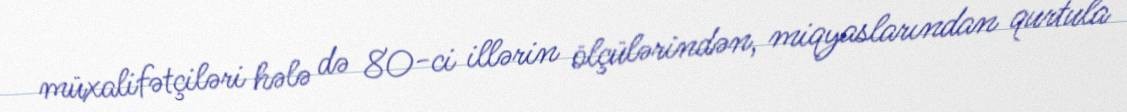
müxalifətçiləri hələ də 80-ci illərin ölçülərindən, miqyaslarından qurtula